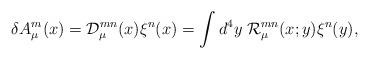
LaTeX: \begin{align*}\delta A_\mu^m(x)={\cal D}_\mu^{mn}(x)\xi^n(x)=\int d^4y\;{\cal R}_\mu^ {mn}(x;y)\xi^n(y),\end{align*}